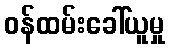
ဝန်ထမ်းခေါ်ယူမှု